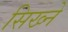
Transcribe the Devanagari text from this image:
सिख्ने